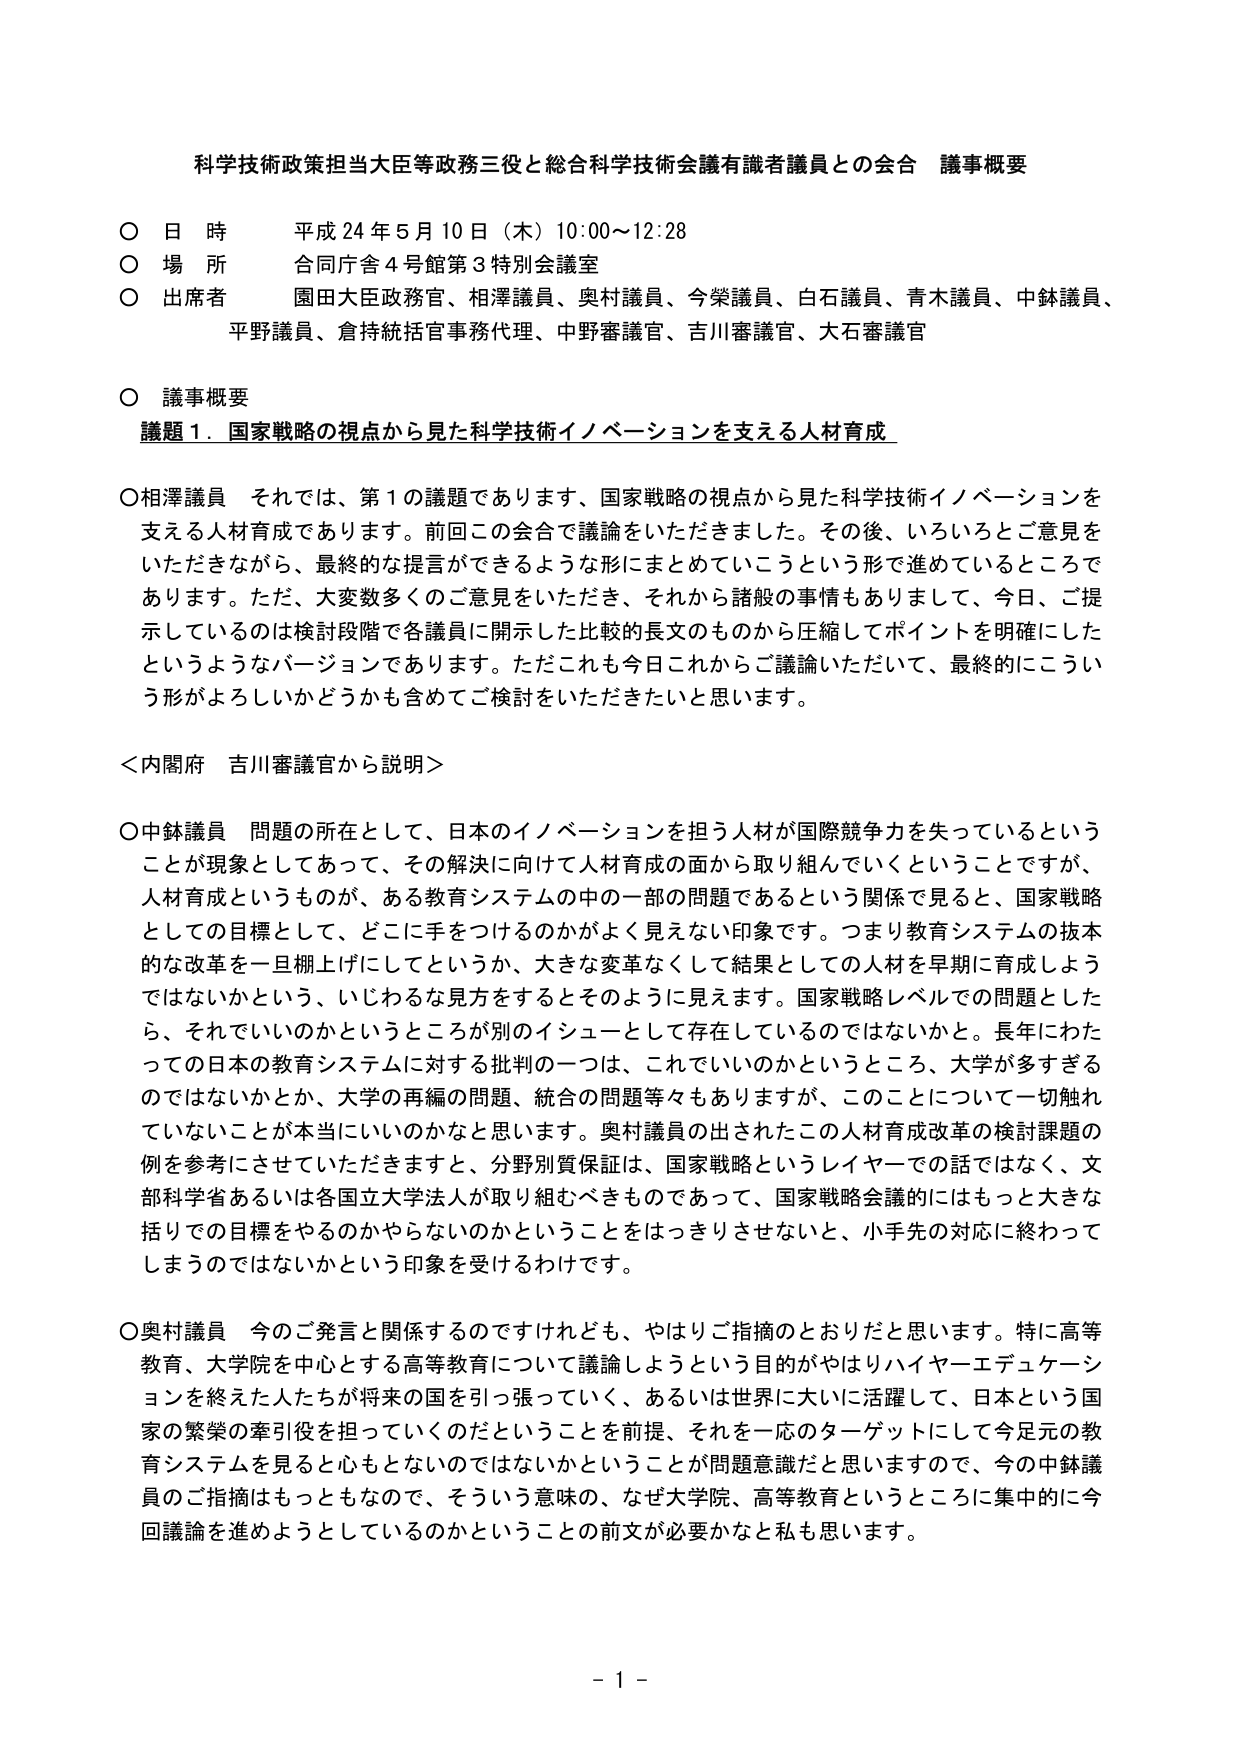
科学技術政策担当大臣等政務三役と総合科学技術会議有識者議員との会合 議事概要

○ 日 時 平成 24 年 5 月 10 日（木）10:00～12:28
○ 場 所 合同庁舎 4 号館第 3 特別会議室
○ 出席者 園田大臣政務官、相澤議員、奥村議員、今柴議員、白石議員、青木議員、中鉢議員、
　　　　　平野議員、倉持統括官事務代理、中野審議官、吉川審議官、大石審議官

○ 議事概要
　議題１．国家戦略の視点から見た科学技術イノベーションを支える人材育成

○相澤議員 それでは、第１の議題であります、国家戦略の視点から見た科学技術イノベーションを
　　　　　支える人材育成であります。前回この会合で議論をいただきました。その後、いろいろとご意見を
　　　　　いただきながら、最終的な提言ができるような形にまとめていこうという形で進めているところで
　　　　　あります。ただ、大変数多くのご意見をいただき、それから諸般の事情もありまして、今日、ご提
　　　　　示しているのは検討段階で各議員に開示した比較的長文のものから圧縮してポイントを明確にした
　　　　　というようなバージョンであります。ただこれも今日これからご議論いただいて、最終的にこうい
　　　　　う形がよろしいかどうかも含めてご検討をいただきたいと思います。

＜内閣府 吉川審議官から説明＞

○中鉢議員 問題の所在として、日本のイノベーションを担う人材が国際競争力を失っているという
　　　　　ことが現象としてあって、その解決に向けて人材育成の面から取り組んでいくということですが、
　　　　　人材育成というものが、ある教育システムの中の一部の問題であるという関係で見ると、国家戦略
　　　　　としての目標として、どこに手をつけるのかがよく見えない印象です。つまり教育システムの抜本
　　　　　的な改革を一旦棚上げにしてというか、大きな変革なくして結果としての人材を早期に育成しよう
　　　　　ではないかという、いじわるな見方をするとそのように見えます。国家戦略レベルでの問題とした
　　　　　ら、それでいいのかというところが別のイシューとして存在しているのではないかなと。長年にわた
　　　　　っての日本の教育システムに対する批判の一つは、これでいいのかというところ、大学が多すぎる
　　　　　のではないかとか、大学の再編の問題、統合の問題等々もありますが、このことについて一切触れ
　　　　　ていないことが本当にいいのかなと思います。奥村議員の出されたこの人材育成改革の検討課題の
　　　　　例を参考にさせていただきますと、分野別質保証は、国家戦略というレイヤーでの話ではなく、文
　　　　　部科学省あるいは各国立大学法人が取り組むべきものであって、国家戦略会議的にはもっと大きな
　　　　　括りでの目標をやるのかやらないのかということをはっきりさせないと、小手先の対応に終わって
　　　　　しまうのではないかという印象を受けます。

○奥村議員 今のご発言と関係するのですけれども、やはりご指摘のとおりだと思います。特に高等
　　　　　教育、大学院を中心とする高等教育について議論しようという目的がやはりハイヤーエデュケーシ
　　　　　ョンを終えた人たちが将来の国を引っ張っていく、あるいは世界に大いに活躍して、日本という国
　　　　　家の繁栄の牽引役を担っていくのだということを前提、それを一応のターゲットにして今足元の教
　　　　　育システムを見るともっと心もとないのではないかということが問題意識だと思いますので、今の中鉢議
　　　　　員のご指摘はもっともなので、そういう意味の、なぜ大学院、高等教育というところに集中的に今
　　　　　回議論を進めるようとしているのかということの前文が必要かなとも思います。

- 1 -